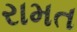
રામત